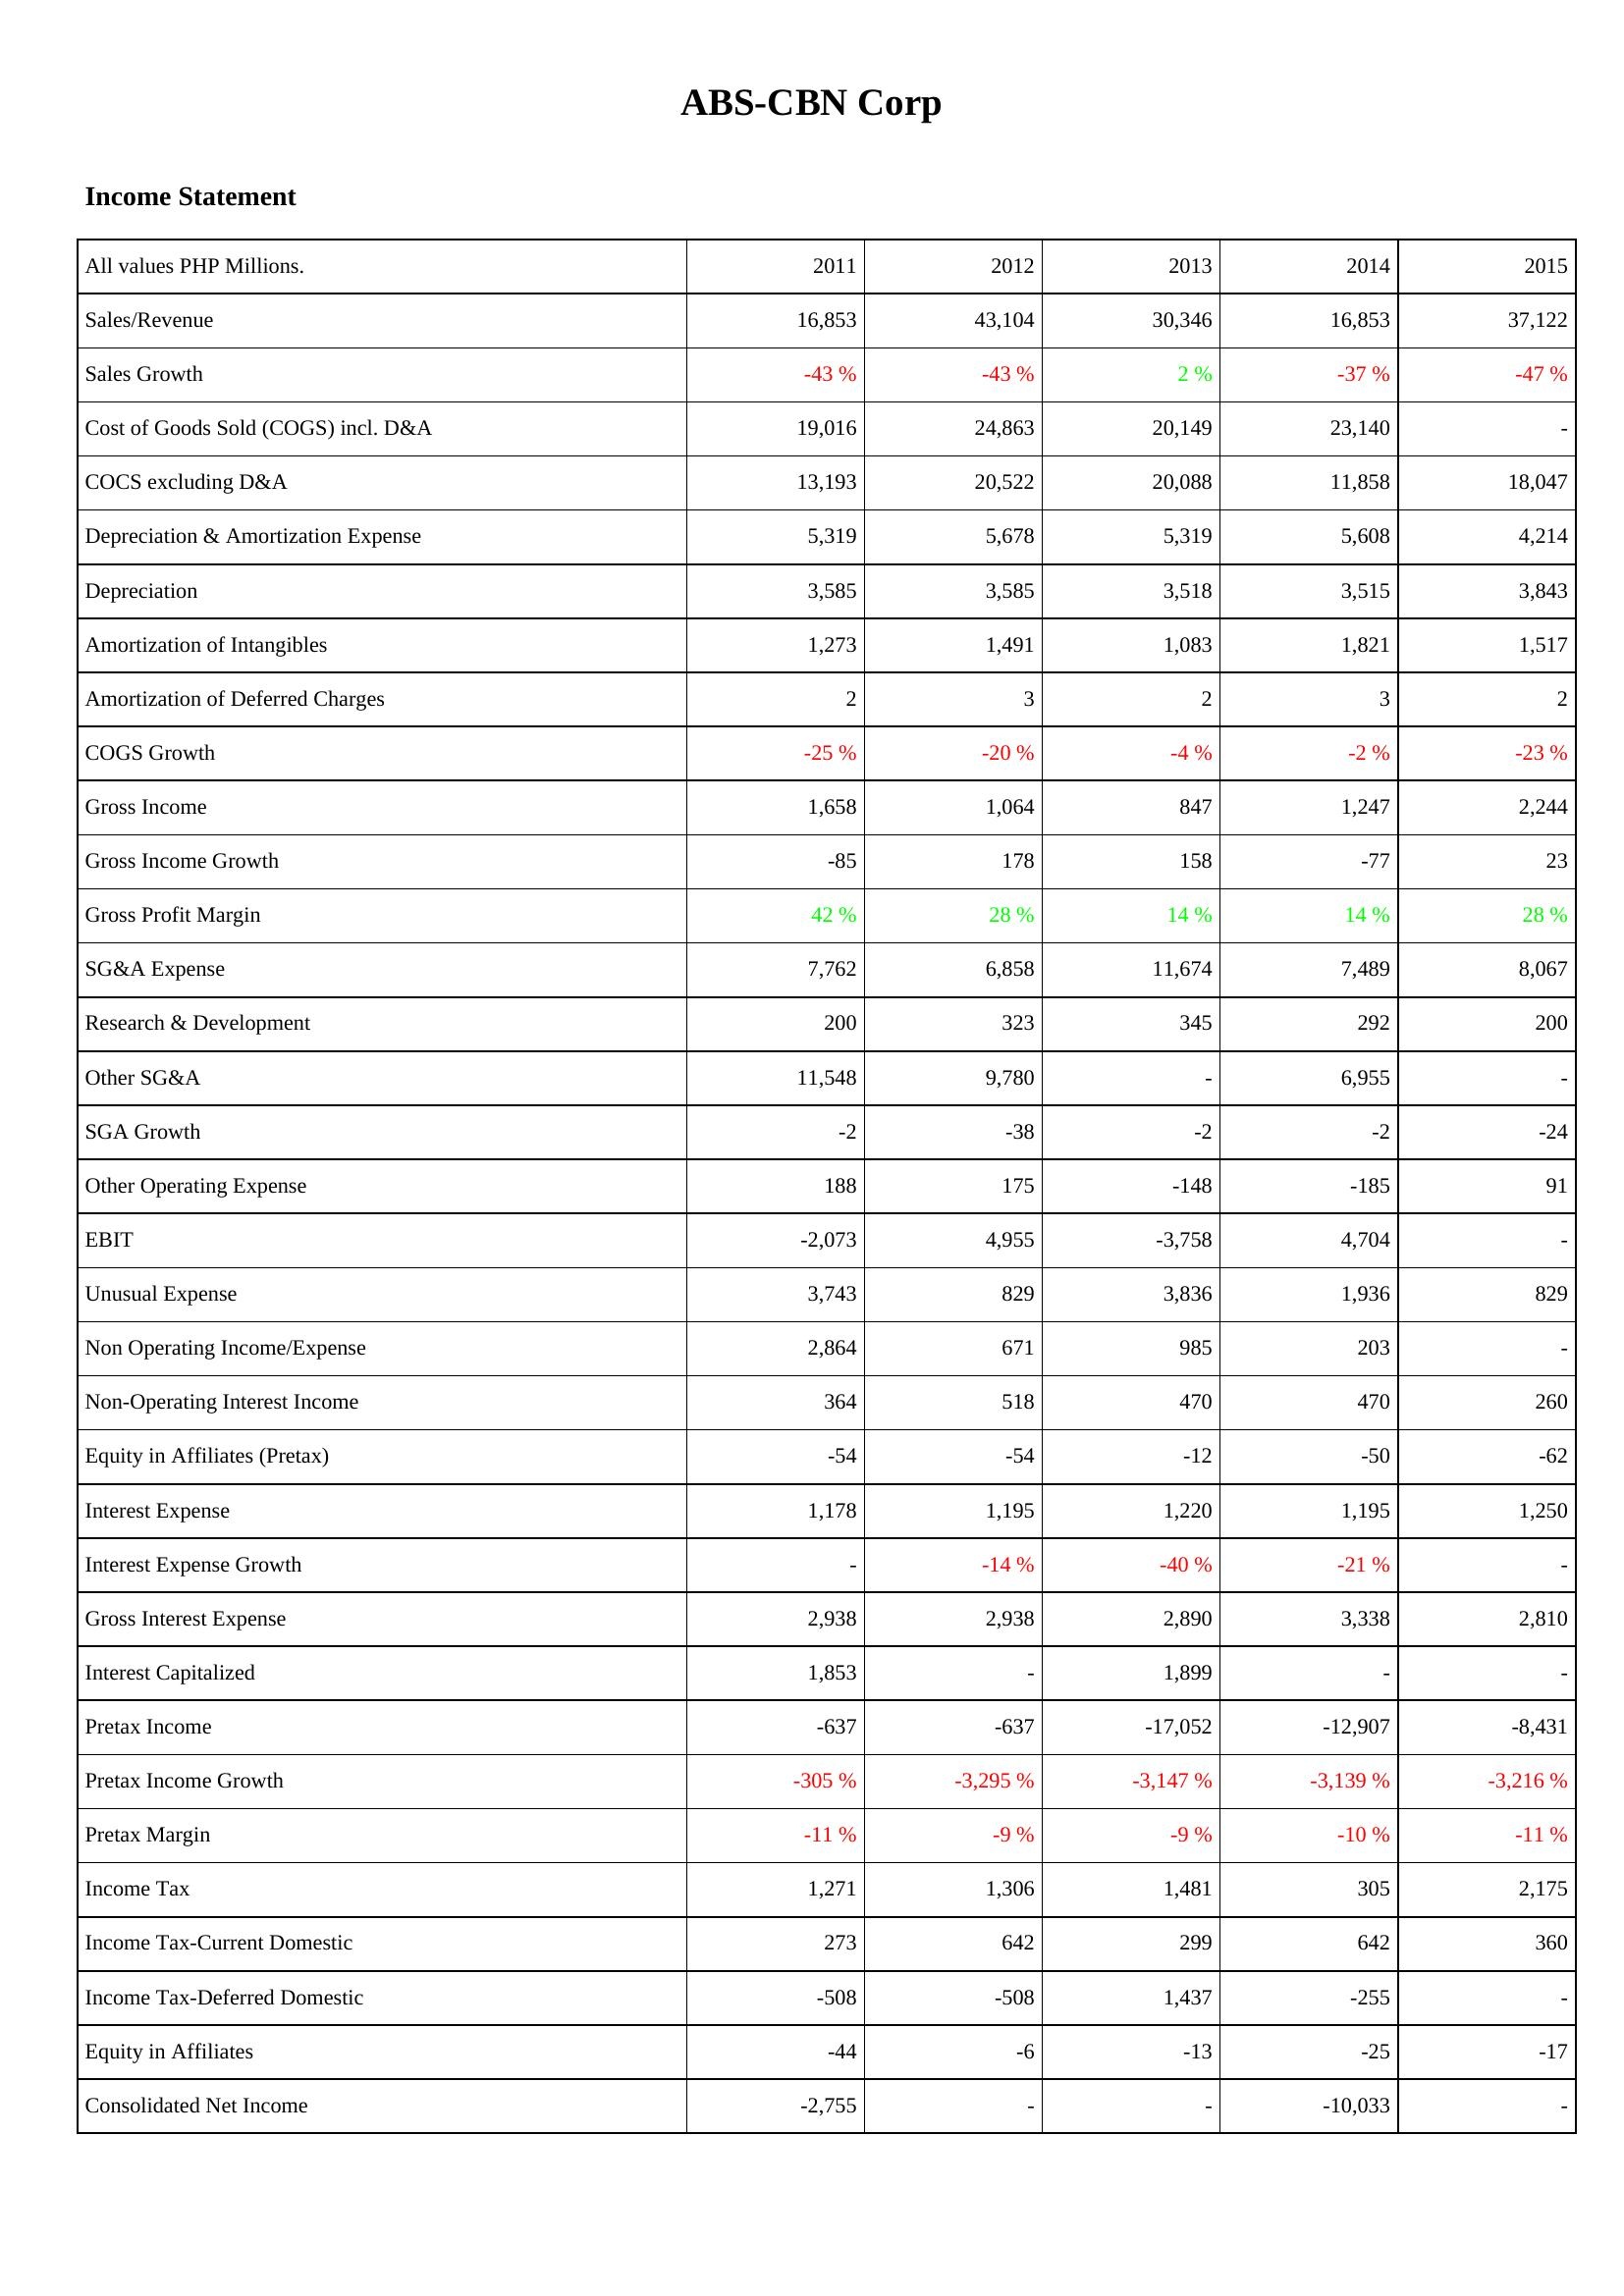
2011: Income Statement: Sales/Revenue: 16,853
Sales Growth: -43 %
Cost of Goods Sold (COGS) incl. D&A: 19,016
COCS excluding D&A: 13,193
Depreciation & Amortization Expense: 5,319
Depreciation: 3,585
Amortization of Intangibles: 1,273
Amortization of Deferred Charges: 2
COGS Growth: -25 %
Gross Income: 1,658
Gross Income Growth: -85
Gross Profit Margin: 42 %
SG&A Expense: 7,762
Research & Development: 200
Other SG&A: 11,548
SGA Growth: -2
Other Operating Expense: 188
EBIT: -2,073
Unusual Expense: 3,743
Non Operating Income/Expense: 2,864
Non-Operating Interest Income: 364
Equity in Affiliates (Pretax): -54
Interest Expense: 1,178
Interest Expense Growth: -
Gross Interest Expense: 2,938
Interest Capitalized: 1,853
Pretax Income: -637
Pretax Income Growth: -305 %
Pretax Margin: -11 %
Income Tax: 1,271
Income Tax-Current Domestic: 273
Income Tax-Deferred Domestic: -508
Equity in Affiliates: -44
Consolidated Net Income: -2,755
2012: Income Statement: Sales/Revenue: 43,104
Sales Growth: -43 %
Cost of Goods Sold (COGS) incl. D&A: 24,863
COCS excluding D&A: 20,522
Depreciation & Amortization Expense: 5,678
Depreciation: 3,585
Amortization of Intangibles: 1,491
Amortization of Deferred Charges: 3
COGS Growth: -20 %
Gross Income: 1,064
Gross Income Growth: 178
Gross Profit Margin: 28 %
SG&A Expense: 6,858
Research & Development: 323
Other SG&A: 9,780
SGA Growth: -38
Other Operating Expense: 175
EBIT: 4,955
Unusual Expense: 829
Non Operating Income/Expense: 671
Non-Operating Interest Income: 518
Equity in Affiliates (Pretax): -54
Interest Expense: 1,195
Interest Expense Growth: -14 %
Gross Interest Expense: 2,938
Interest Capitalized: -
Pretax Income: -637
Pretax Income Growth: -3,295 %
Pretax Margin: -9 %
Income Tax: 1,306
Income Tax-Current Domestic: 642
Income Tax-Deferred Domestic: -508
Equity in Affiliates: -6
Consolidated Net Income: -
2013: Income Statement: Sales/Revenue: 30,346
Sales Growth: 2 %
Cost of Goods Sold (COGS) incl. D&A: 20,149
COCS excluding D&A: 20,088
Depreciation & Amortization Expense: 5,319
Depreciation: 3,518
Amortization of Intangibles: 1,083
Amortization of Deferred Charges: 2
COGS Growth: -4 %
Gross Income: 847
Gross Income Growth: 158
Gross Profit Margin: 14 %
SG&A Expense: 11,674
Research & Development: 345
Other SG&A: -
SGA Growth: -2
Other Operating Expense: -148
EBIT: -3,758
Unusual Expense: 3,836
Non Operating Income/Expense: 985
Non-Operating Interest Income: 470
Equity in Affiliates (Pretax): -12
Interest Expense: 1,220
Interest Expense Growth: -40 %
Gross Interest Expense: 2,890
Interest Capitalized: 1,899
Pretax Income: -17,052
Pretax Income Growth: -3,147 %
Pretax Margin: -9 %
Income Tax: 1,481
Income Tax-Current Domestic: 299
Income Tax-Deferred Domestic: 1,437
Equity in Affiliates: -13
Consolidated Net Income: -
2014: Income Statement: Sales/Revenue: 16,853
Sales Growth: -37 %
Cost of Goods Sold (COGS) incl. D&A: 23,140
COCS excluding D&A: 11,858
Depreciation & Amortization Expense: 5,608
Depreciation: 3,515
Amortization of Intangibles: 1,821
Amortization of Deferred Charges: 3
COGS Growth: -2 %
Gross Income: 1,247
Gross Income Growth: -77
Gross Profit Margin: 14 %
SG&A Expense: 7,489
Research & Development: 292
Other SG&A: 6,955
SGA Growth: -2
Other Operating Expense: -185
EBIT: 4,704
Unusual Expense: 1,936
Non Operating Income/Expense: 203
Non-Operating Interest Income: 470
Equity in Affiliates (Pretax): -50
Interest Expense: 1,195
Interest Expense Growth: -21 %
Gross Interest Expense: 3,338
Interest Capitalized: -
Pretax Income: -12,907
Pretax Income Growth: -3,139 %
Pretax Margin: -10 %
Income Tax: 305
Income Tax-Current Domestic: 642
Income Tax-Deferred Domestic: -255
Equity in Affiliates: -25
Consolidated Net Income: -10,033
2015: Income Statement: Sales/Revenue: 37,122
Sales Growth: -47 %
Cost of Goods Sold (COGS) incl. D&A: -
COCS excluding D&A: 18,047
Depreciation & Amortization Expense: 4,214
Depreciation: 3,843
Amortization of Intangibles: 1,517
Amortization of Deferred Charges: 2
COGS Growth: -23 %
Gross Income: 2,244
Gross Income Growth: 23
Gross Profit Margin: 28 %
SG&A Expense: 8,067
Research & Development: 200
Other SG&A: -
SGA Growth: -24
Other Operating Expense: 91
EBIT: -
Unusual Expense: 829
Non Operating Income/Expense: -
Non-Operating Interest Income: 260
Equity in Affiliates (Pretax): -62
Interest Expense: 1,250
Interest Expense Growth: -
Gross Interest Expense: 2,810
Interest Capitalized: -
Pretax Income: -8,431
Pretax Income Growth: -3,216 %
Pretax Margin: -11 %
Income Tax: 2,175
Income Tax-Current Domestic: 360
Income Tax-Deferred Domestic: -
Equity in Affiliates: -17
Consolidated Net Income: -